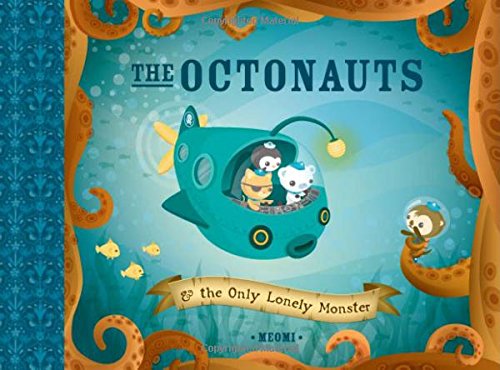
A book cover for The Octonauts and The Only Lonely Monster; Meomi; Children's Books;